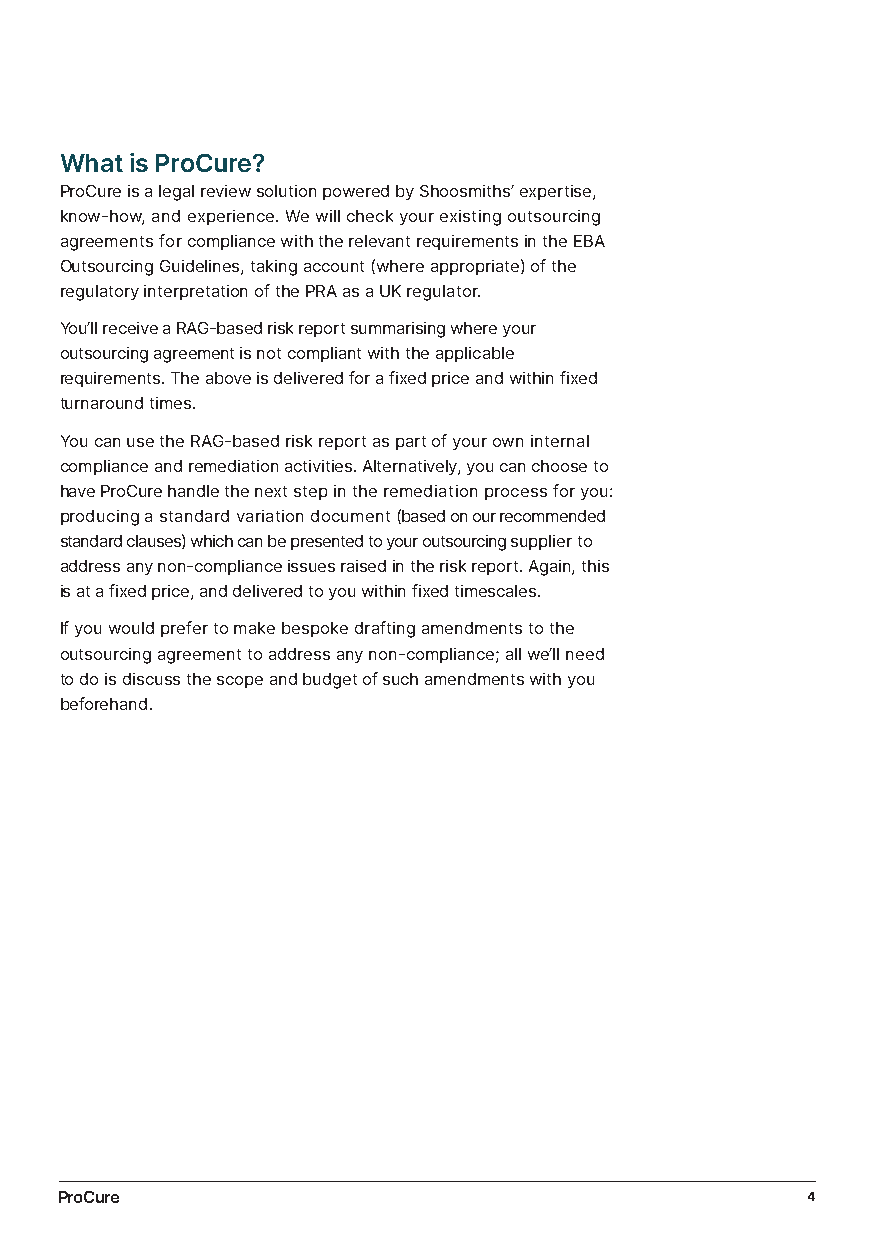
What is ProCure?
 ProCure is a legal review solution powered by Shoosmiths’ expertise,
 know-how, and experience. We will check your existing outsourcing
 agreements for compliance with the relevant requirements in the EBA
 Outsourcing Guidelines, taking account (where appropriate) of the
 regulatory interpretation of the PRA as a UK regulator.
 You’ll receive a RAG-based risk report summarising where your
 outsourcing agreement is not compliant with the applicable
 requirements. The above is delivered for a fixed price and within fixed
 turnaround times.
 You can use the RAG-based risk report as part of your own internal
 compliance and remediation activities. Alternatively, you can choose to
 have ProCure handle the next step in the remediation process for you:
 producing a standard variation document (based on our recommended
 standard clauses) which can be presented to your outsourcing supplier to
 address any non-compliance issues raised in the risk report. Again, this
 is at a fixed price, and delivered to you within fixed timescales.
 If you would prefer to make bespoke drafting amendments to the
 outsourcing agreement to address any non-compliance; all we’ll need
 to do is discuss the scope and budget of such amendments with you
 beforehand.
 ProCure                                          4